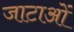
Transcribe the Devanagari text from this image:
जाटाओं